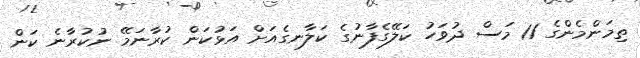
ތިމަންމެންގެ 11 މަސް ދުވަހު ކަލޭގެފާނުގެ ކަލާނގެއަށް އަޅުކަން ކުރާނަމޭ ނުކުރާނެ ކަން